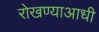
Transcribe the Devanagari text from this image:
रोखण्याआधी